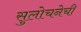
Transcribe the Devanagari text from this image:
सुलोचनेची